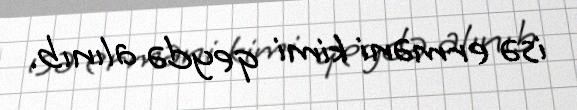
isə erməni kimi qeydə alınıb.